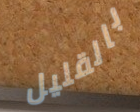
بالقليل